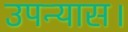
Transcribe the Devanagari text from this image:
उपन्‍यास।